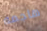
هاجمه